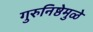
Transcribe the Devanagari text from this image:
गुरुनिष्ठेमुळे